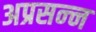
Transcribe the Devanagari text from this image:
अप्रसन्‍न